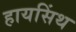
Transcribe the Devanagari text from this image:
हायसिंथ